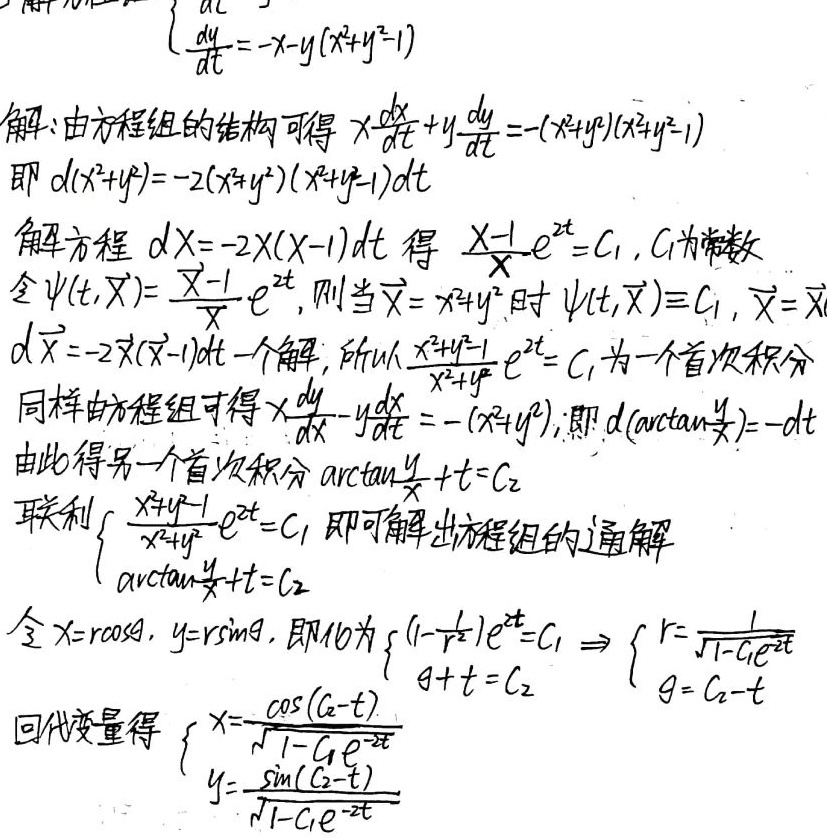
\[
\begin{cases}
\frac{dx}{dt}=-x - y(x^{2}+y^{2}-1)\\
\frac{dy}{dt}=-y - x(x^{2}+y^{2}-1)
\end{cases}
\]
解：由方程组的结构可得 \(x\frac{dx}{dt}+y\frac{dy}{dt}=-(x^{2}+y^{2})(x^{2}+y^{2}-1)\)，即 \(d(x^{2}+y^{2})=-2(x^{2}+y^{2})(x^{2}+y^{2}-1)dt\)。
解方程 \(dX=-2X(X - 1)dt\) 得 \(\frac{X - 1}{X}e^{2t}=C_{1}\)，\(C_{1}\) 为常数。
令 \(\psi(t,X)=\frac{X - 1}{X}e^{2t}\)，则当 \(X = x^{2}+y^{2}\) 时 \(\psi(t,X)\equiv C_{1}\)，\(X = x^{2}+y^{2}\)是\(d\overline{X}=-2\overline{X}(\overline{X}-1)dt\) 的一个解，所以 \(\frac{x^{2}+y^{2}-1}{x^{2}+y^{2}}e^{2t}=C_{1}\) 为一个首次积分。
同样由方程组可得 \(x\frac{dy}{dt}-y\frac{dx}{dt}=-(x^{2}+y^{2})\)，即 \(d(\arctan\frac{y}{x})=-dt\)。
由此得另一个首次积分 \(\arctan\frac{y}{x}+t = C_{2}\)。
联立
\[
\begin{cases}
\frac{x^{2}+y^{2}-1}{x^{2}+y^{2}}e^{2t}=C_{1}\\
\arctan\frac{y}{x}+t = C_{2}
\end{cases}
\]
即可解出方程组的通解。
令 \(x = r\cos\theta\)，\(y = r\sin\theta\)，则化为
\[
\begin{cases}
(1-\frac{1}{r^{2}})e^{2t}=C_{1}\\
\theta + t = C_{2}
\end{cases}
\Rightarrow
\begin{cases}
r=\frac{1}{\sqrt{1 - C_{1}e^{-2t}}}\\
\theta = C_{2}-t
\end{cases}
\]
回代变量得
\[
\begin{cases}
x=\frac{\cos(C_{2}-t)}{\sqrt{1 - C_{1}e^{-2t}}}\\
y=\frac{\sin(C_{2}-t)}{\sqrt{1 - C_{1}e^{-2t}}}
\end{cases}
\]